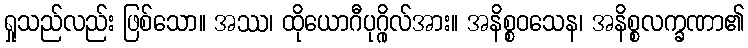
ရှုသည်လည်း ဖြစ်သော။ အဿ၊ ထိုယောဂီပုဂ္ဂိုလ်အား။ အနိစ္စဝသေန၊ အနိစ္စလက္ခဏာ၏